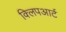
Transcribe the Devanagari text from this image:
क्लिपआर्ट